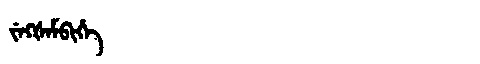
Manchu: ᠵᡝᡴᡧᡝᠮᠪᡳᡥᡝ
Romanization: JEKŠEMBIHE